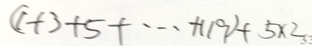
( 1 + 3 + 5 + \cdots + 1 1 9 ) + 5 \times 2